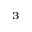
^ 3